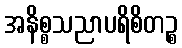
အနိစ္စသညာပရိစိတဉ္စ